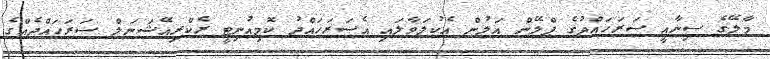
މާލޭގެ ސިނާއީ ސަރަހައްދުގެ ޕްލޭން އަލުން އެކުލަވާލައި އެސަރަހައްދު ކޮމިއުނިޓީ ރެކްރިއޭޝަނަލް ސަރަހައްދެއްގެ